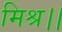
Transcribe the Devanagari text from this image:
मिश्र।।